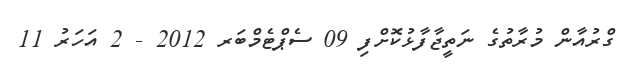
ގްރުއާން މުރާތުގެ ނަތީޖާފާޅުކޮށްފި 09 ސެޕްޓެމްބަރ 2012 - 2 އަހަރު 11